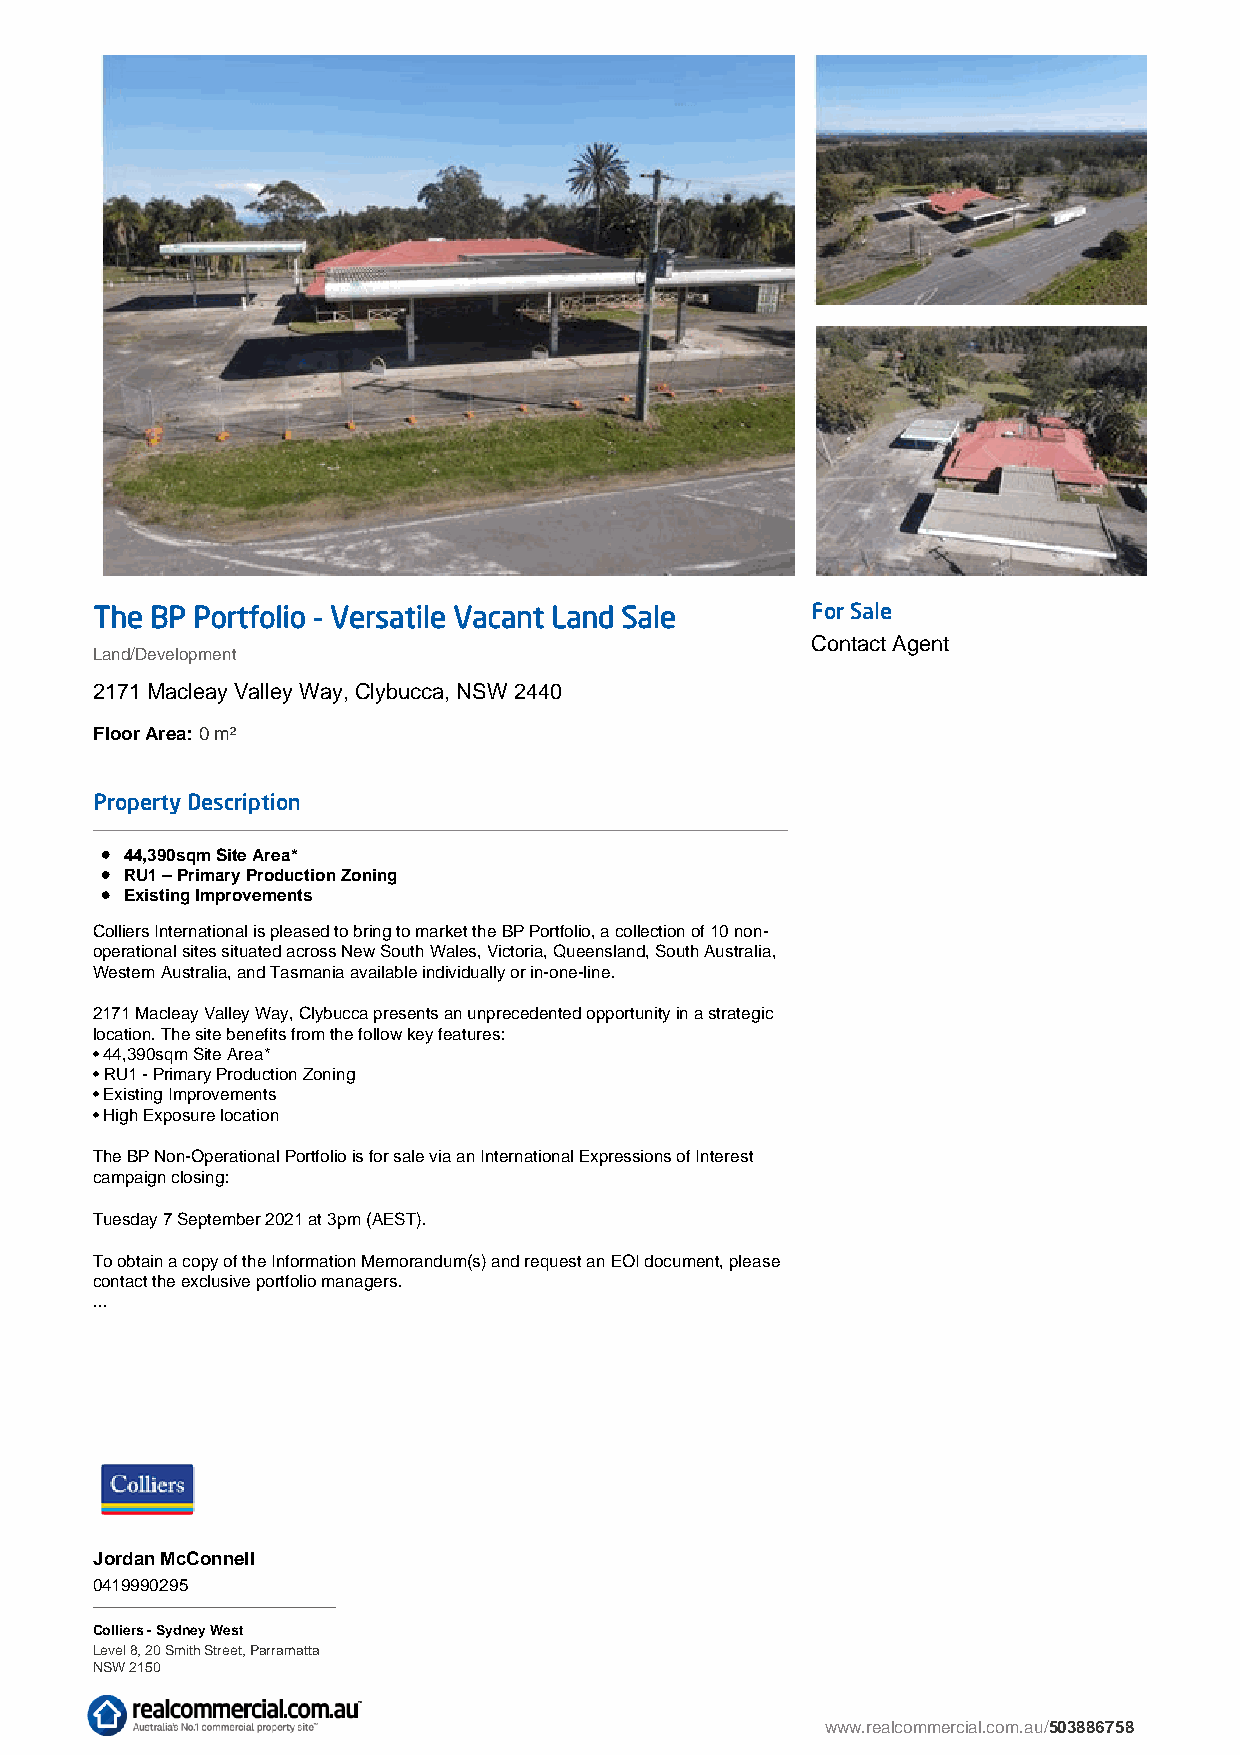
The BP Portfolio - Versatile Vacant Land Sale   For Sale
 Contact Agent
 Land/Development
 2171 Macleay Valley Way, Clybucca, NSW 2440
 Floor Area:0 m²
 Property Description
 44,390sqm Site Area*
 RU1 – Primary Production Zoning
 Existing Improvements
 Colliers International is pleased to bring to market the BP Portfolio, a collection of 10 non-
 operational sites situated across New South Wales, Victoria, Queensland, South Australia,
 Western Australia, and Tasmania available individually or in-one-line.
 2171 Macleay Valley Way, Clybucca presents an unprecedented opportunity in a strategic
 location. The site benefits from the follow key features:
 • 44,390sqm Site Area*
 • RU1 - Primary Production Zoning
 • Existing Improvements
 • High Exposure location
 The BP Non-Operational Portfolio is for sale via an International Expressions of Interest
 campaign closing:
 Tuesday 7 September 2021 at 3pm (AEST).
 To obtain a copy of the Information Memorandum(s) and request an EOI document, please
 contact the exclusive portfolio managers.
 ...
 Jordan McConnell
 0419990295
 Colliers - Sydney West
 Level 8, 20 Smith Street, Parramatta
 NSW 2150
 www.realcommercial.com.au/503886758